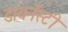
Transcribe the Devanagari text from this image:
डायनॅस्टी